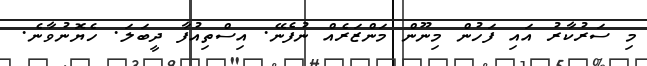
މި ސަރުކާރު އައި ފަހުން މިނޫން މަންޒަރެއް ނުފެނޭ. އިސްތިއުފާ ދީބަލަ. ހެޔޮނުވާނެ.